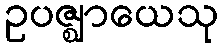
ဥပဇ္ဈာယေသု